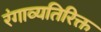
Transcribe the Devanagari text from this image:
रंगाव्यतिरिक्त